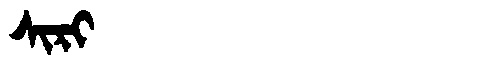
Manchu: ᠰᡳᡵᡳ
Romanization: SIRI